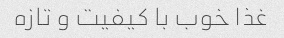
غذا خوب با کیفیت و تازه